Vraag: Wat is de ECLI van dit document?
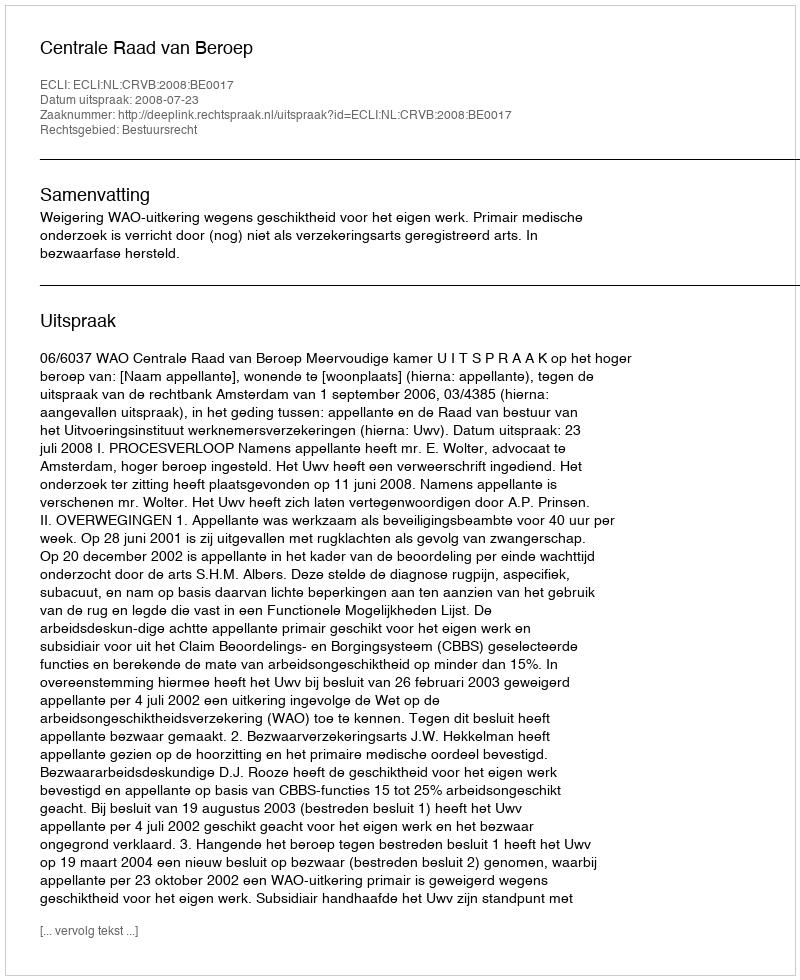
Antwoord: ECLI:NL:CRVB:2008:BE0017